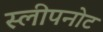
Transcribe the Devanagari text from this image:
स्लीपनोट